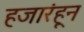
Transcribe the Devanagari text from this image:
हजारंहून